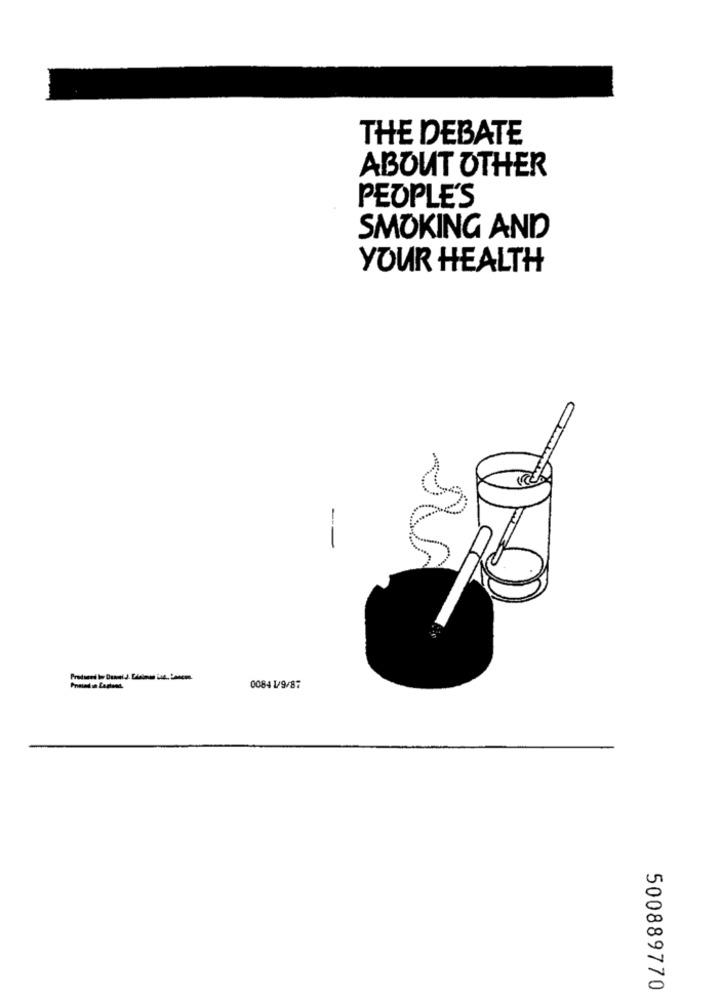
THE DEBATE
ABOUT OTHER
PEOPLE'S
SMOKING AND
YOUR HEALTH
0084 1/9/87
500889770